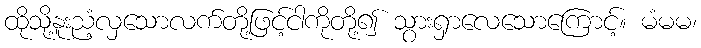
ထိုသို့နူးညံ့လှသောလက်တို့ဖြင့်ငါကိုတို့၍ သွားရှာလေသောကြောင့်။ မံမမ၊